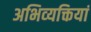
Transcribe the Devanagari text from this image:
अभिव्‍यक्तियां